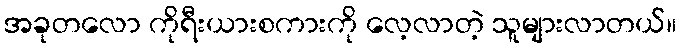
အခုတလော ကိုရီးယားစကားကို လေ့လာတဲ့ သူများလာတယ်။